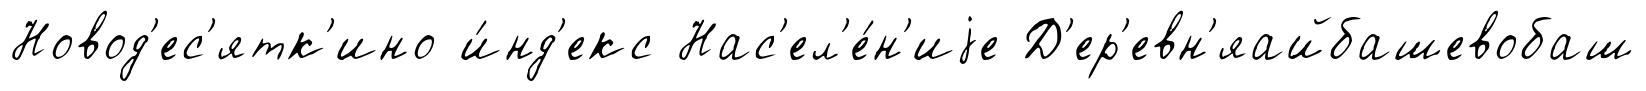
Новод'ес'ятк'ино и́нд'екс Нас'ел'е́н'иjе Д'ер'евн'яайбашевобаш